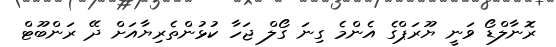
ރޮނާލްޑޯ ވަނީ ޔޫރަޕްގެ އެންމެ ގިނަ ގޯލް ޖަހާ ކުޅުންތެރިޔާއަށް ދޭ ރަންބޫޓް